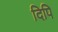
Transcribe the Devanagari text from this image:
दिपि